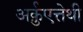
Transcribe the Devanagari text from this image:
अर्क़ुएत्तेथी